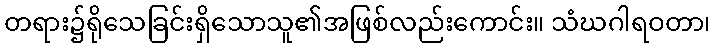
တရား၌ရိုသေခြင်းရှိသောသူ၏အဖြစ်လည်းကောင်း။ သံဃဂါရဝတာ၊